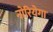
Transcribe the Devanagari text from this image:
नोरियेगा